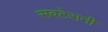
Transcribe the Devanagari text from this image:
सबटेरानी